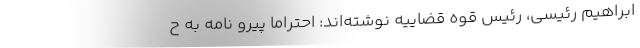
ابراهیم رئیسی، رئیس قوه قضاییه نوشته‌اند: احتراماً پیرو نامه به ح